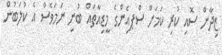
ޒިދާން ސޮއި ކުރި ކަމަށް ސްޕއެިންގެ މީޑިއާތައް ބުނި ނަމަވެސް އެ ކުލަބުން